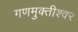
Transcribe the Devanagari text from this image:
गणमुक्तीश्वर